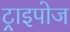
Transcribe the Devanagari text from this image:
ट्राइपोज